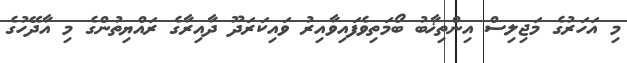
މި އަހަރުގެ މަޖިލިސް އިންތިޚާބު ބޯމަތިވެފައިވާއިރު ވައިކަރަދޫ ދާއިރާގެ ރައްޔިތުންގެ މި އާދޭހުގެ